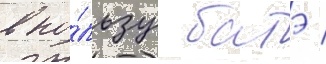
в по́льзу батэ /